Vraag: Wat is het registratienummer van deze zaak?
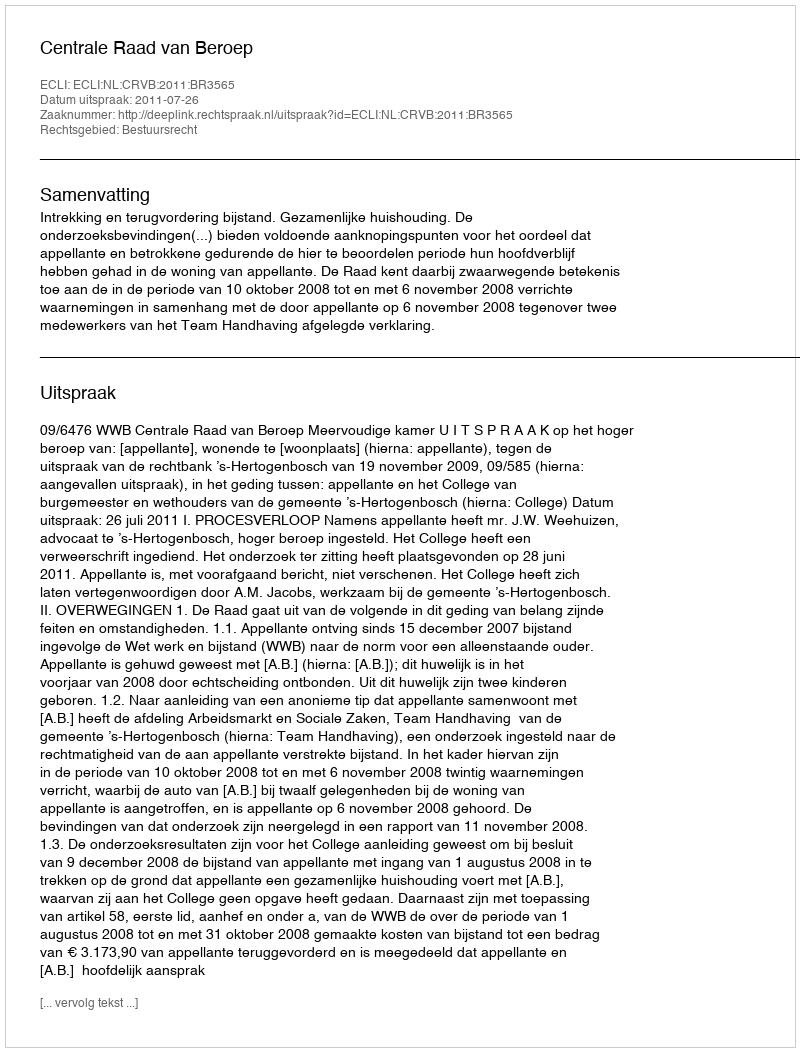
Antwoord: http://deeplink.rechtspraak.nl/uitspraak?id=ECLI:NL:CRVB:2011:BR3565